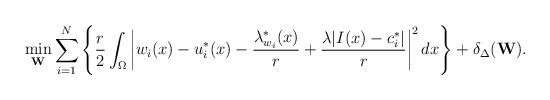
LaTeX: \begin{align*}\min\limits_{\mathbf{W}}\sum_{i=1}^N\left\{\frac{r}{2}\int_\Omega \left|w_i(x)-u^{*}_i(x)-\frac{\lambda^*_{w_i}(x)}{r}+\frac{\lambda|I(x) - c^{*}_i|}{r}\right|^2dx\right\}+\delta_\Delta(\mathbf{W}).\end{align*}